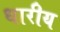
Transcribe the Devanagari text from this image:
धारीय